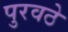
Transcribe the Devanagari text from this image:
पुरवठे